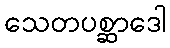
သေတပစ္ဆာဒေါ